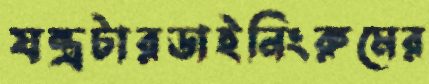
যন্ত্রটারডাইনিংরুমের